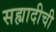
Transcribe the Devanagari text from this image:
सह्यादीची